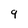
Character: 9